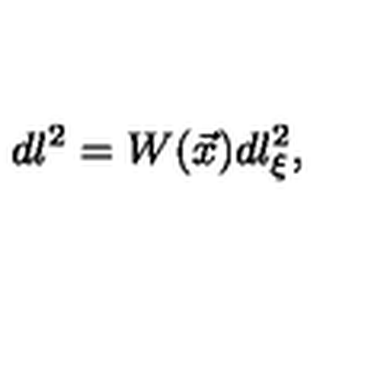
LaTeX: d l ^ { 2 } = W ( \vec { x } ) d l _ { \xi } ^ { 2 } ,